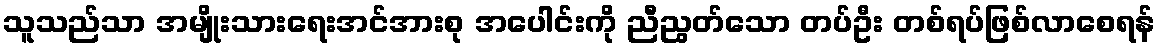
သူသည်သာ အမျိုးသားရေးအင်အားစု အပေါင်းကို ညီညွတ်သော တပ်ဦး တစ်ရပ်ဖြစ်လာစေရန်